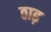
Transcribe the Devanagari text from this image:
ठाढ़